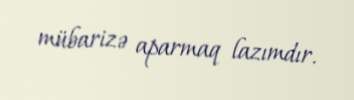
mübarizə aparmaq lazımdır.